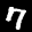
Label: 7